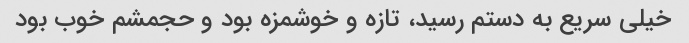
خیلی سریع به دستم رسید، تازه و خوشمزه بود و حجمشم خوب بود